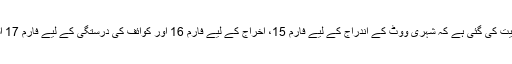
اشتہار میں ہدایت کی گئی ہے کہ شہری ووٹ کے اندراج کے لیے فارم 15، اخراج کے لیے فارم 16 اور کوائف کی درستگی کے لیے فارم 17 استعمال کریں۔